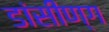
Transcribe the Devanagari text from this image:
डांसीण्ग